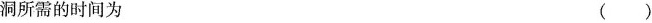
洞所需的时间为（）